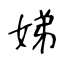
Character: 娣